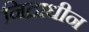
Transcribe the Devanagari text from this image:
निद्राधीन